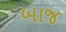
બાજ